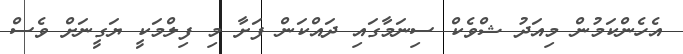
އެހެންކަމުން މިއަދު ޝްވެކް ސިނަމާގައި ދައްކަން ފަށާ މި ފިލްމަކީ ޔަގީނަށް ވެސް